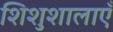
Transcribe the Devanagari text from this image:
शिशुशालाएँ